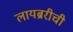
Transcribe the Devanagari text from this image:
लायब्ररीची